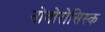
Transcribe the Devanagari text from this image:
नोवोरोसिस्क